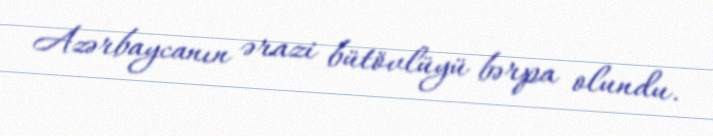
Azərbaycanın ərazi bütövlüyü bərpa olundu.